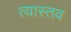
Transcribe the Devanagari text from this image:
त्यास्तव